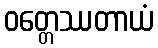
ဝတ္တေဿတာယံ